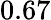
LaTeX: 0.67